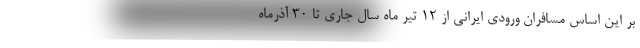
بر این اساس مسافران ورودی ایرانی از ۱۲ تیر ماه سال جاری تا ۳۰ آذرماه